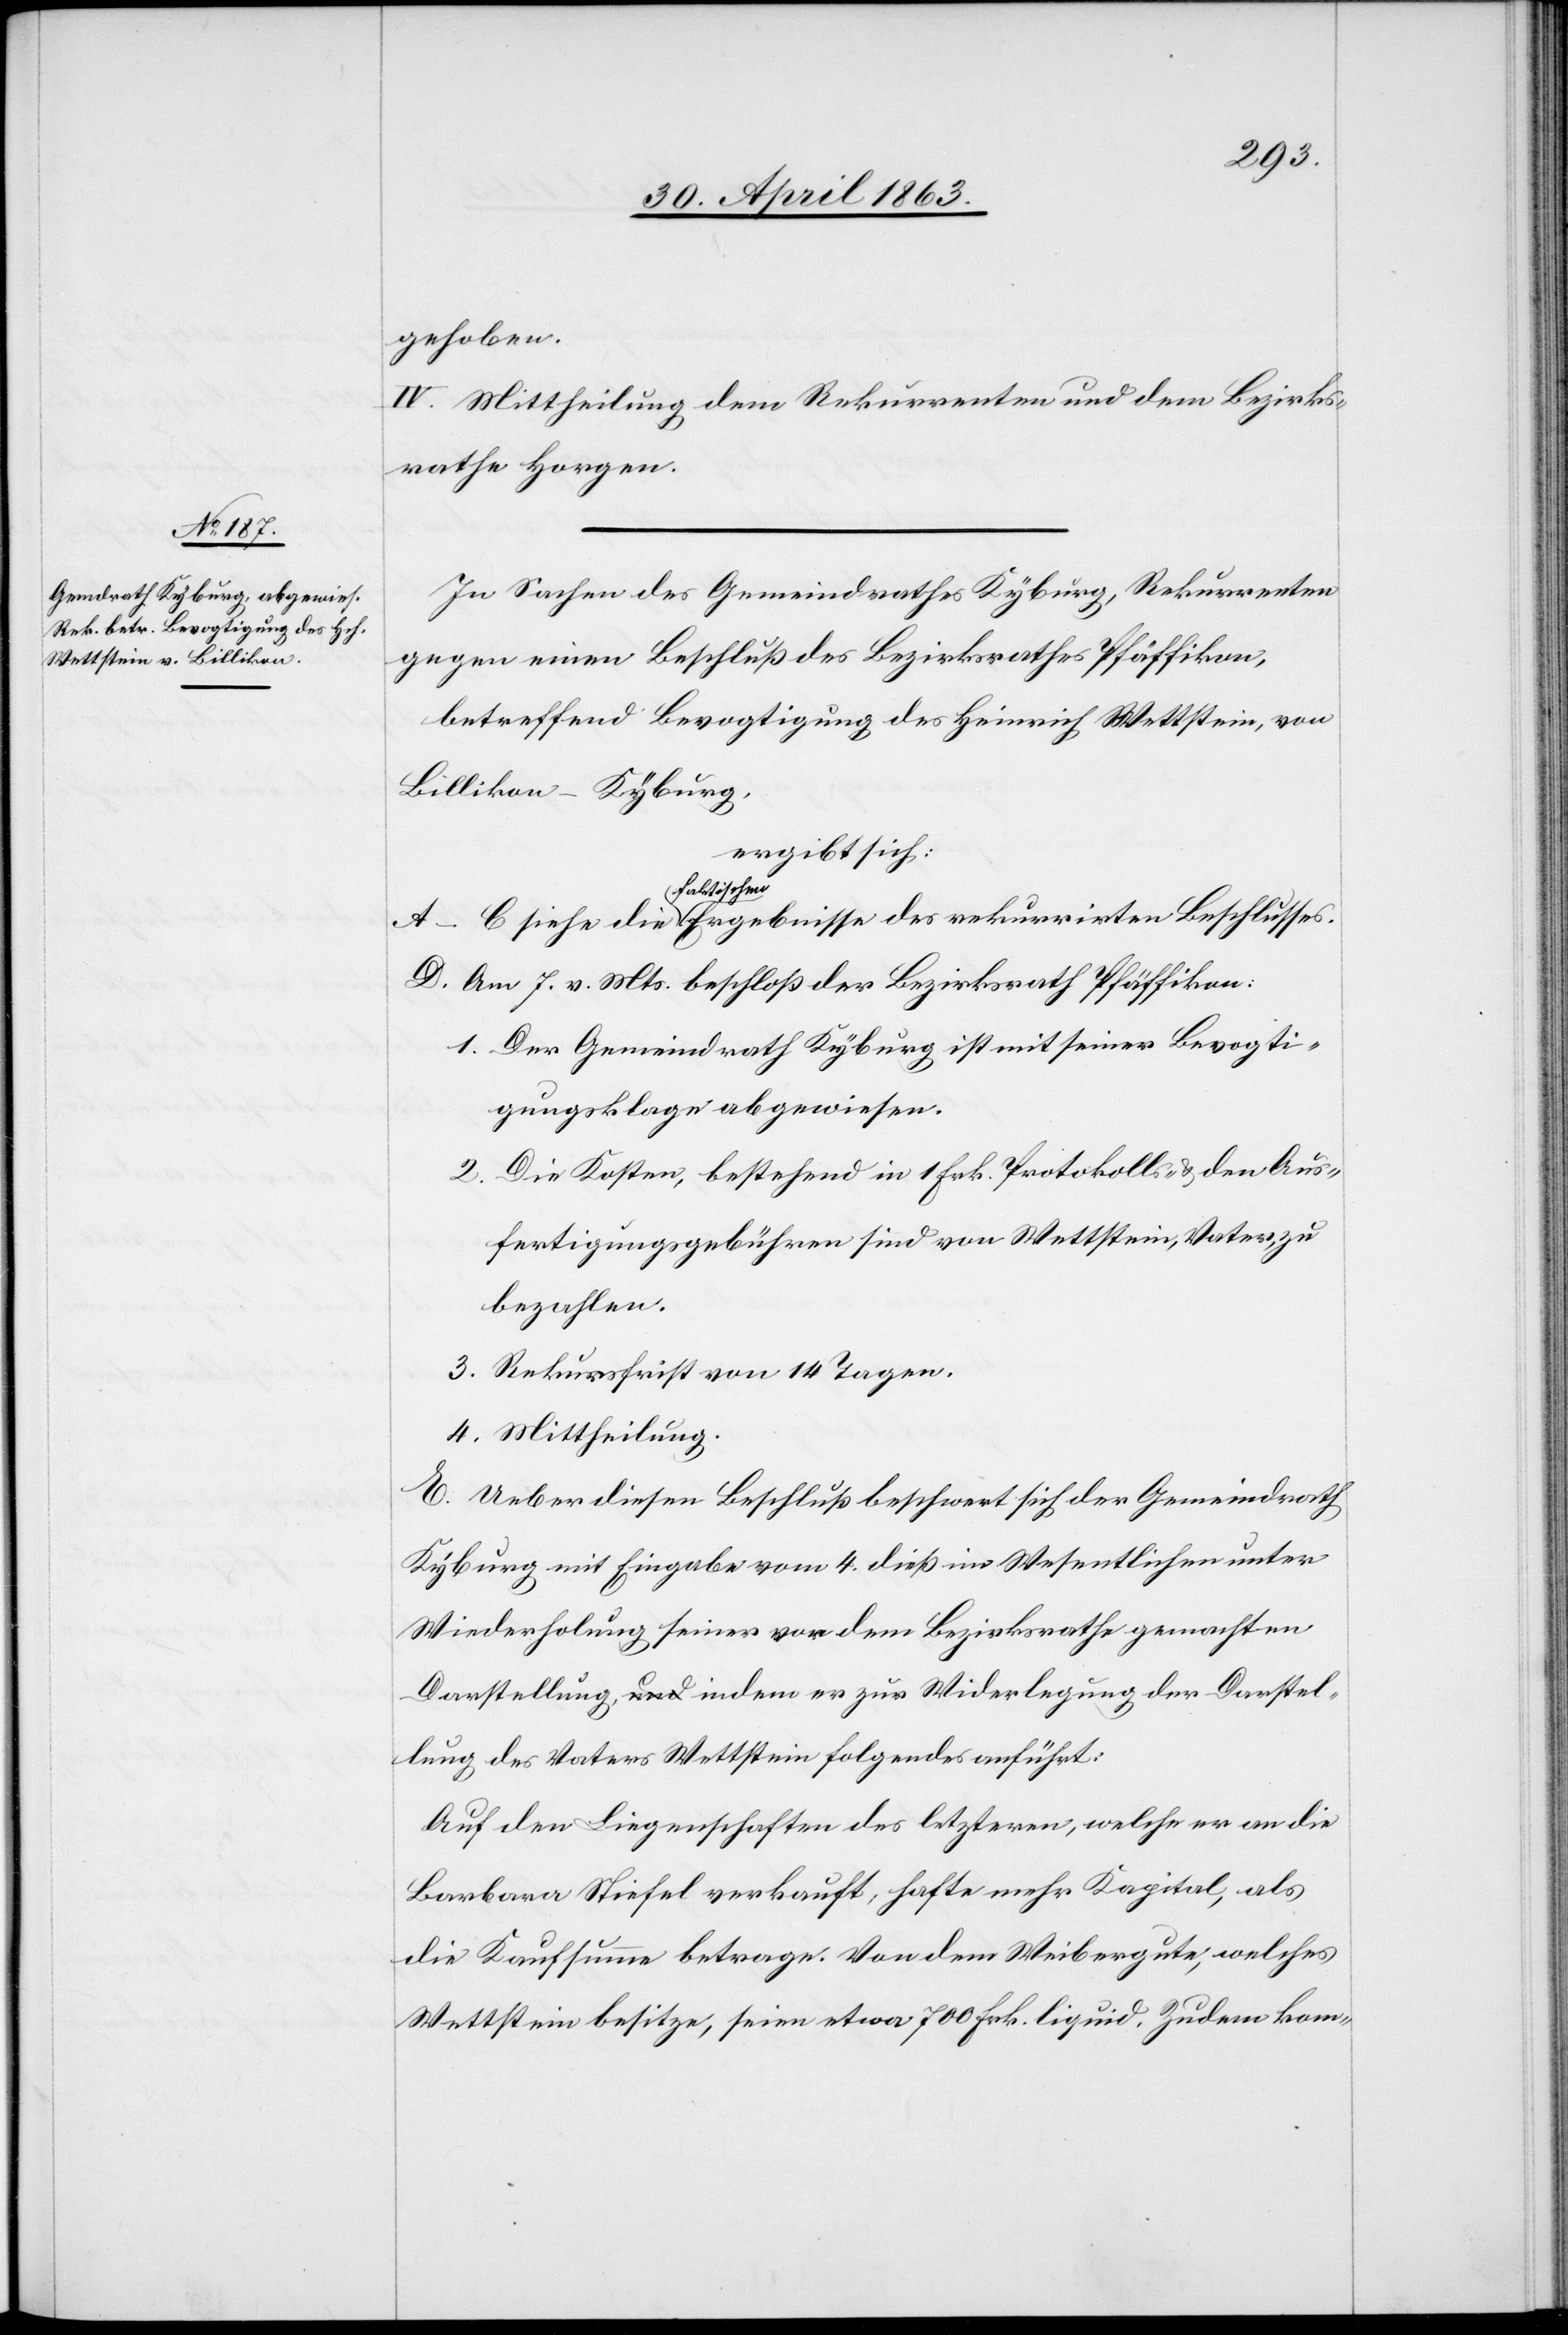
gehoben.
IV. Mittheilung dem Rekurrenten und dem Bezirks¬
rathe Horgen.
In Sachen des Gemeindrathes Kyburg, Rekurrenten
gegen einen Beschluß des Bezirksrathes Pfäffikon,
betreffend Bevogtigung des Heinrich Wettstein, von
Billikon-Kyburg,
ergibt sich:
a-faktischen-a
D. Am 7. v. Mts. beschloß der Bezirksrath Pfäffikon:
1. Der Gemeindrath Kyburg ist mit seiner Bevogti¬
gungsklage abgewiesen.
2. Die Kosten, bestehend in 1 Frk. Protokolls- & den Aus¬
fertigungsgebühren sind von Wettstein, Vater, zu
bezahlen.
3. Rekursfrist von 14 Tagen.
4. Mittheilung.
E. Ueber diesen Beschluß beschwert sich der Gemeindrath
Kyburg mit Eingabe vom 4. dieß im Wesentlichen unter
Wiederholung seiner vor dem Bezirksrathe gemachten
Darstellung, indem er zur Widerlegung der Darstel¬
lung des Vaters Wettstein folgendes anführt:
Auf den Liegenschaften des letzteren, welche er an die
Barbara Stiefel verkauft, hafte mehr Kapital, als
die Kaufsumme betrage. Von dem Weibergute, welches
Wettstein besitze, seien etwa 700 Frk. liquid. Zudem kom-